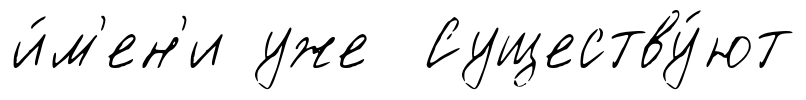
и́м'ен'и уже Существу́ют